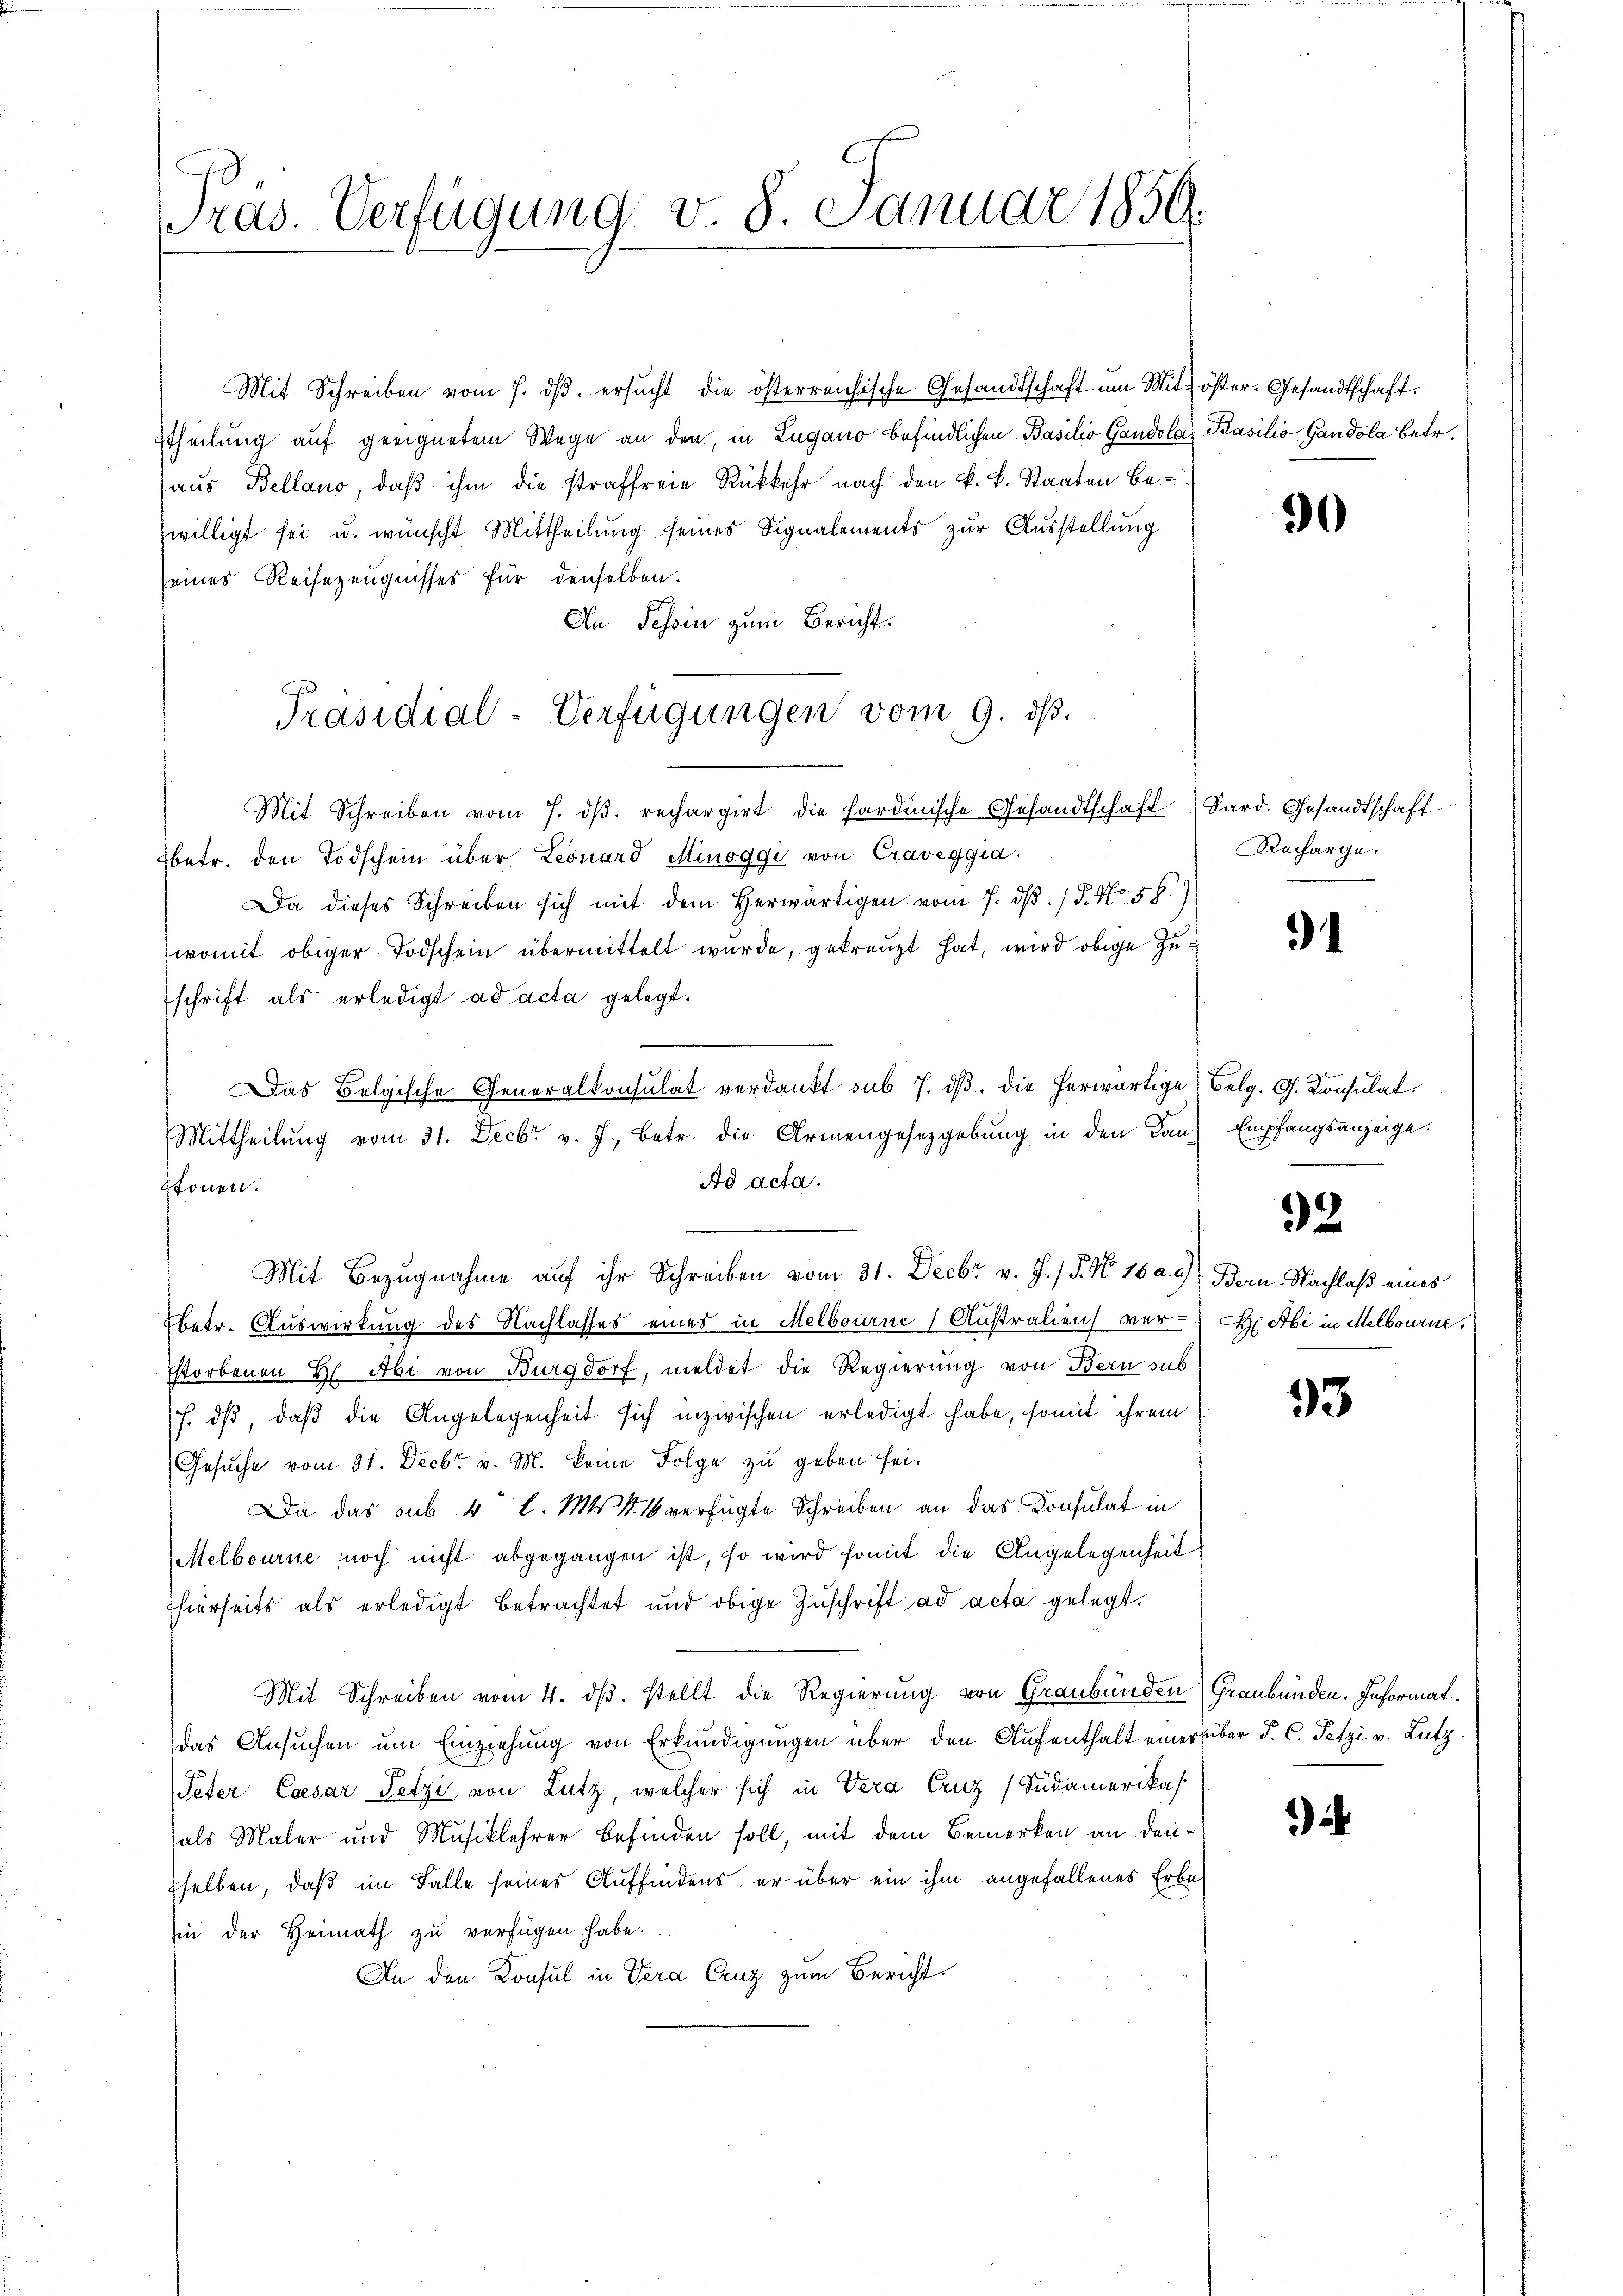
Pras. Verfügung v. 8. Januar 1859.

Mit Schreiben vom 7. dβ. rechargirt die sardinische Gesandtschaft (Sard. Gesandtschaft
betr. den Todschein über Leonard Minoggi von Craveggia.
Da dieses Schreiben sich mit dem herwärtigen vom 7. dβ. / 5. No. 58.)
womit obiger Todschein übermittelt wurde, gekreuzt hat, wird obige Zuschrift als erledigt ad acta gelegt.
n
Das Belgische Generalkonsulat verdankt sub 7. dβ. die herwärtige Belg. G. Konsulat
Mittheilung vom 31. Decbr v. J., betr. die Armengesetzgebung in den Lanz Empfangsanzeige.
Ad acta.
Mit Bezugnahme auf ihr Schreiben vom 31. Decbr v. J. / 5. No 16 a. c.) Bern Nachlaß eines
betr. Auswirkung des Nachlasses eines in Melbourne Australien ver-
storbenen H Abi von Burgdorf, meldet die Regierung von Bern sub
J. dβ, daβ die Angelegenheit sich inzwischen erledigt habe, somit ihrem
Gesuche vom 31. Decbr. v. M. keine Folge zu geben sei.
Da das sub 4 l. Mts. 16 verfügte Schreiben an das Konsulat in
Melbourne noch nicht abgegangen ist, so wird somit die Angelegenheit
hierseits als erledigt betrachtet und obige Zuschrift ad acta gelegt.
Mit Schreiben vom 4. dβ. stellt die Regierung von Graubünden (Graubünden. Informat.
das Ansuchen um Einziehung von Erkundigungen über den Aufenthalt einer über J. C. Petzi v. Lutz.
Peter Caesar Fetzi, von Lutz, welcher sich in Vera Cruz (Südamerikas
als Maler und Musiklehrer Befinden soll, mit dem Bemerken an denselben, daß im Falle seines Auffindens, er über ein ihm angefallenes Erbe
sie der Heimath zŭ verfügen habe.
An den Konsul in Vera Cruz zum Bericht

Mit Schreiben vom 7. dβ. ersŭcht die österreichische Gesandtschaft um Mit-öster. Gesandtschaft.
Itheilung auf geeignetem Wege an den, in Lugano befindlichen Basilio Gandola Basilio Gandola betr.
haus Bellano, daß ihm die straffreie Rückkehr nach den k. k. Staaten Bezwilligt sei u. wünscht Mittheilung seines Signalements zur Ausstellung
seines Reisezeugnisses für denselben.
An Tessin zum Bericht.

stonen.

Präsidial-Verfügungen vom 9. ds.

30

Recharge.

1

32.

H Abi in Melbourne.

93

)